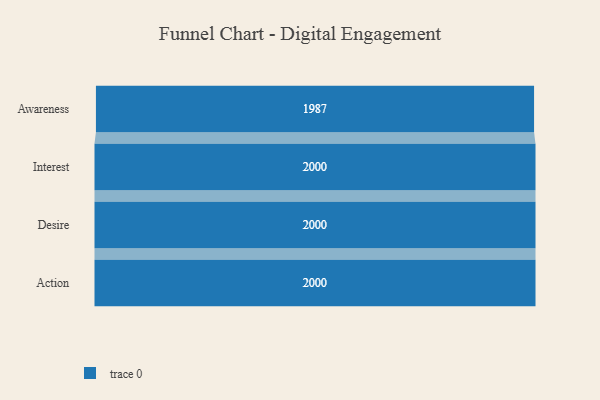
{"axis": {"x": "Stage", "y": "Value"}, "legend": [""], "data": [{"x": "Awareness", "y": 1987.0, "type": ""}, {"x": "Interest", "y": 2000, "type": ""}, {"x": "Desire", "y": 2000, "type": ""}, {"x": "Action", "y": 2000, "type": ""}]}